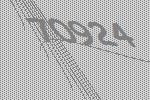
70924